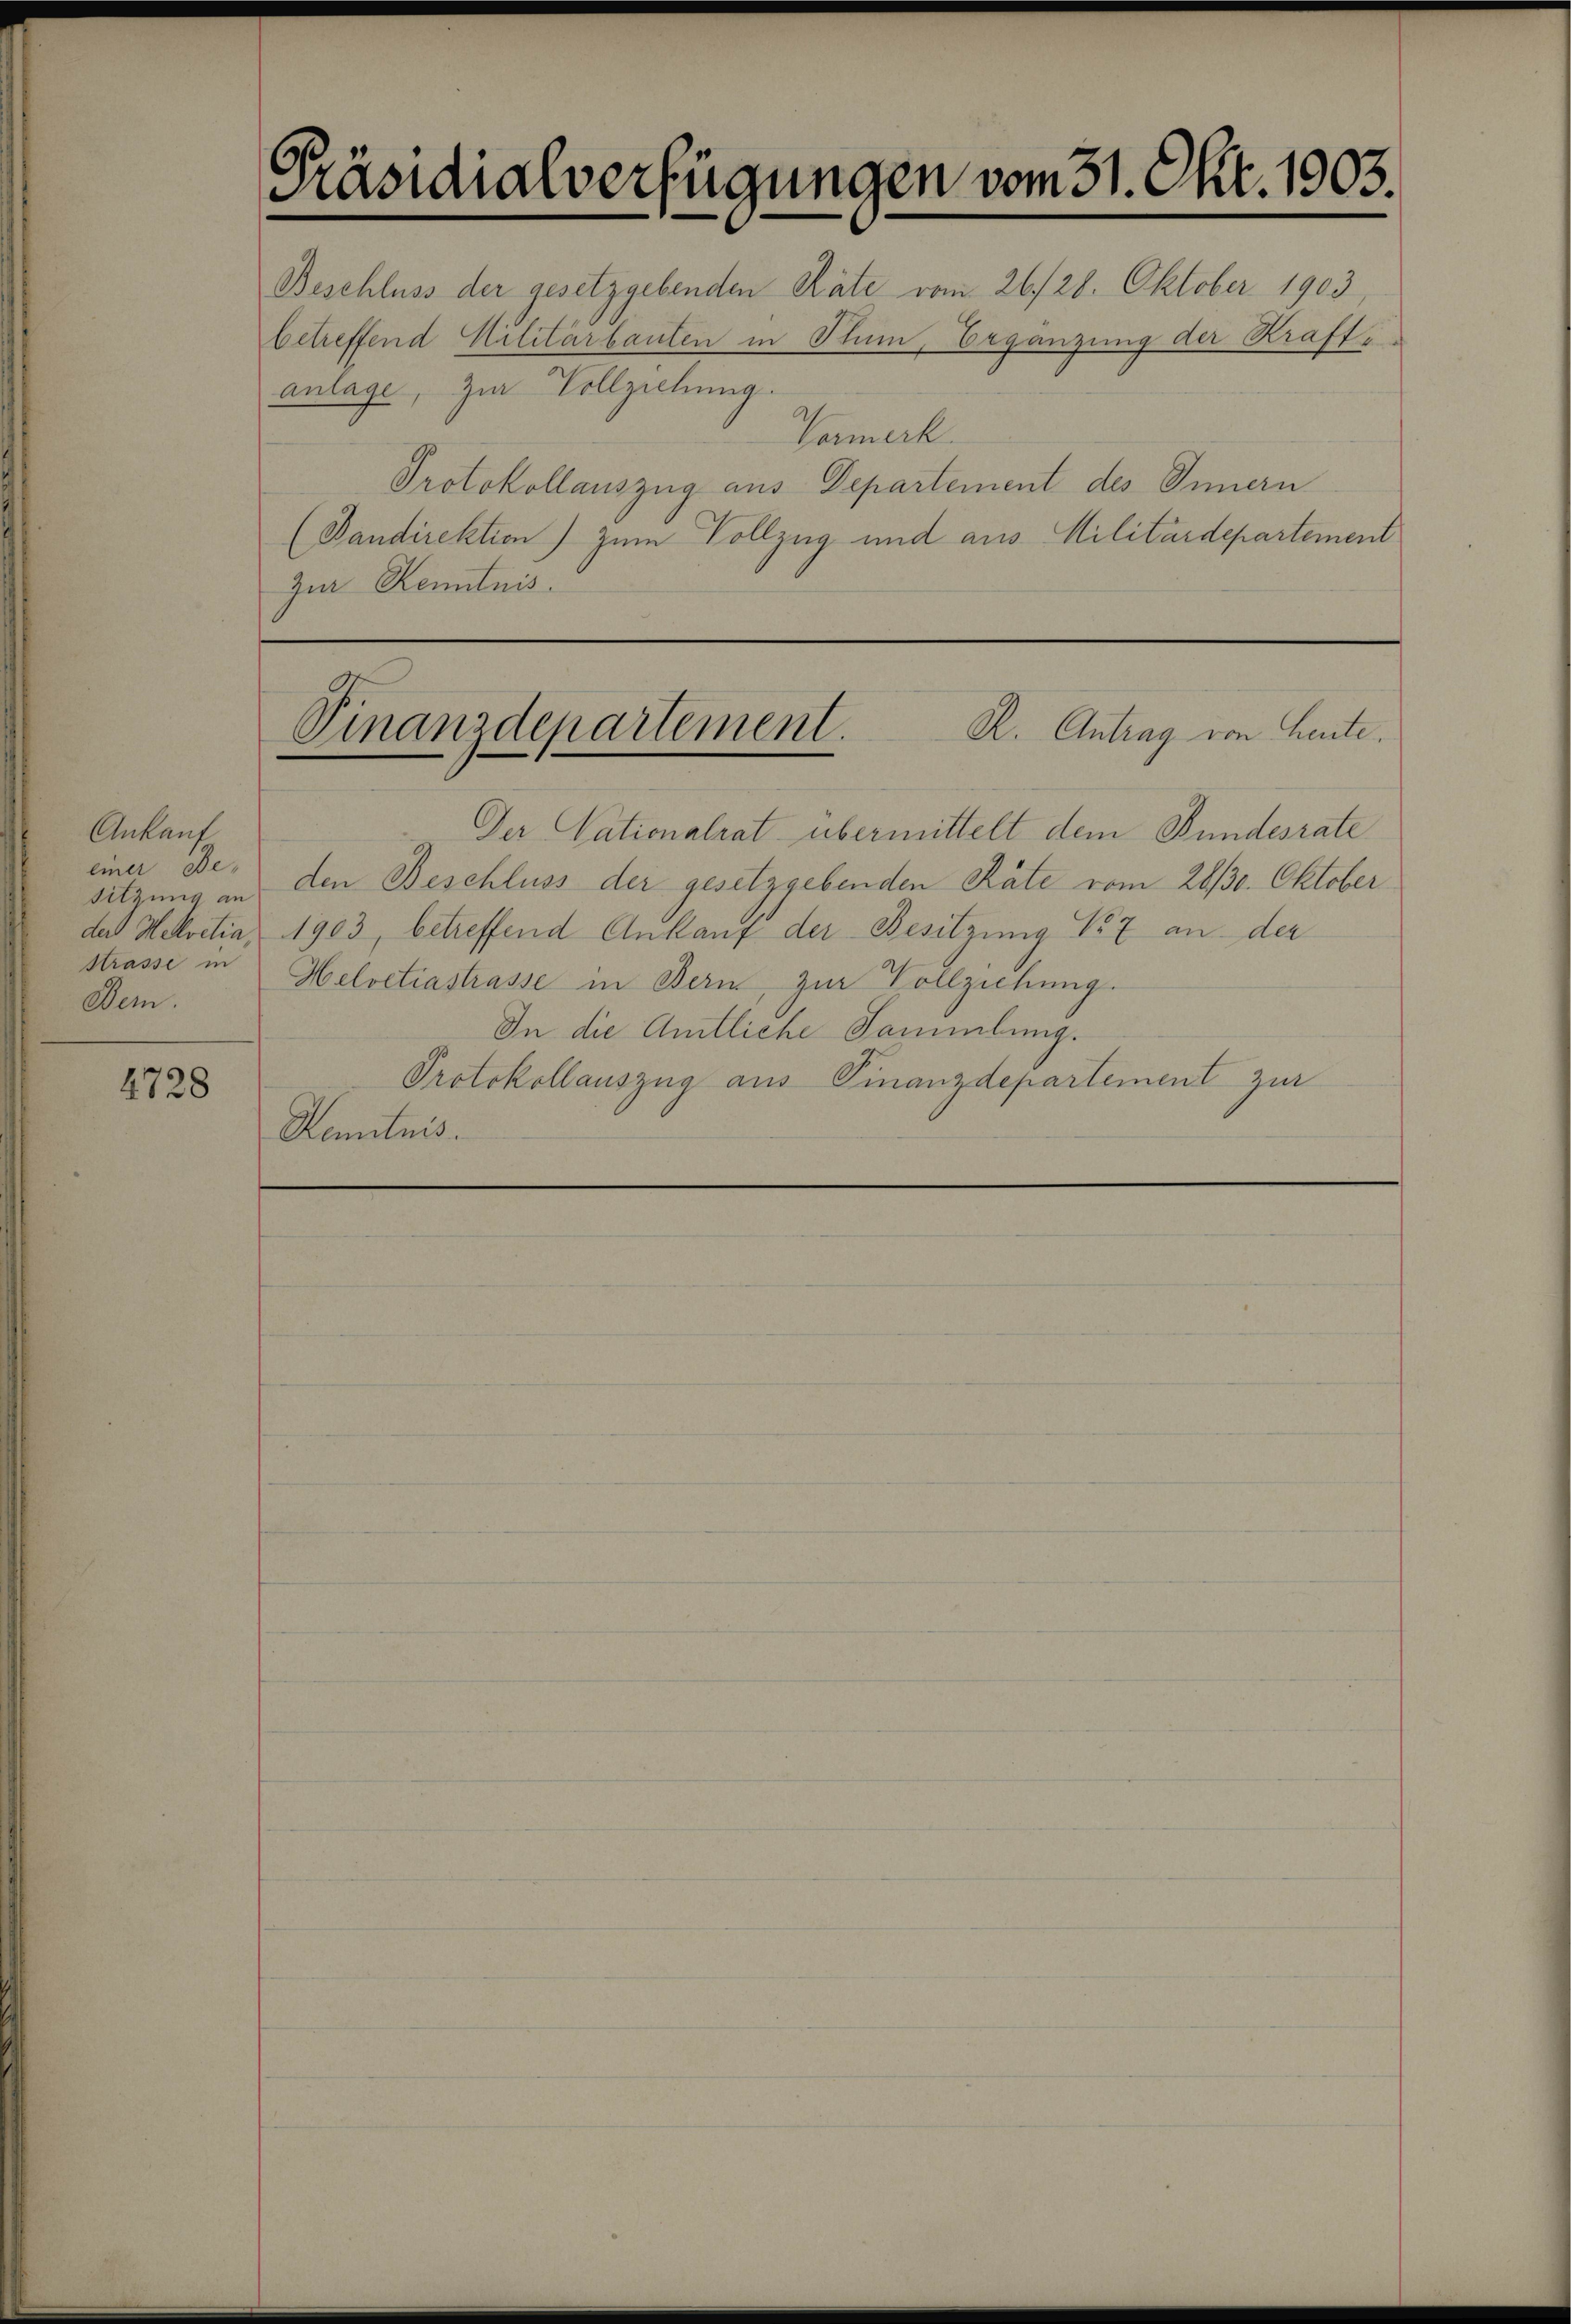
4728

Präsidialverfügungen vom 31. Okt. 1803.

Beschluss der gesetzgebenden Räte vom 26./28. Oktober 1903
betreffend Militärbauten in Stum, Ergänzung der Kraft,
anlage, zur Vollziehung.
Vormerk
Protokollauszug aus Departement des Innern
(Pandirektion) zum Vollzug und aus Militärdepartement
Zur Kenntnis.

Ankauf
einer Be-
sitzung an
der Helvetia,
Strasse in
Dem.

Der Nationalrat übermittelt dem Bundesrate
den Beschluss der gesetzgebenden Räte vom 26/30. Oktober
1983, betreffend Ankauf der Besitzung No 7 an der
Helvetiastrasse in Bern, zur Vollziehung.
In die Amtliche Sammlung.
Protokollauszug aus Finanzdepartement zur
Semitnis.

Vinanzdepartement. R. Antrag von Leute